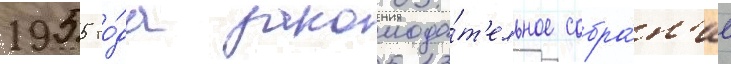
1955 го́да законода́т'ельное собра́н'ие